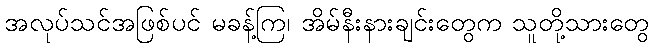
အလုပ်သင်အဖြစ်ပင် မခန့်ကြ၊ အိမ်နီးနားချင်းတွေက သူတို့သားတွေ